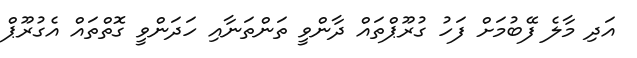
އަދި މާލެ ފޭބުމަށް ފަހު ގުރޫޕްތައް ދާންވީ ތަންތަނާއި ހަދަންވީ ގޮތްތައް އެގުރޫޕް